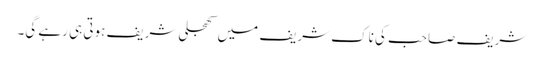
شریف صاحب کی ناک شریف میں کھجلی شریف ہوتی ہی رہے گی۔